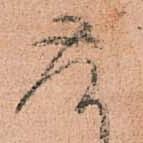
在